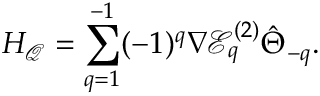
H _ { \mathcal { Q } } = \sum _ { q = 1 } ^ { - 1 } ( - 1 ) ^ { q } \nabla \mathcal { E } _ { q } ^ { ( 2 ) } \hat { \Theta } _ { - q } .